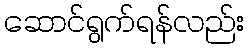
ဆောင်ရွက်ရန်လည်း